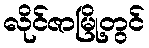
လိုင်ဇာမြို့တွင်